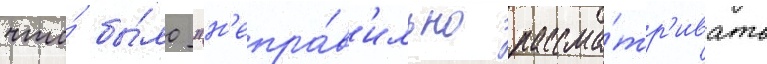
что́ бы́ло "н'епра́в'ильно рассма́тр'ивать